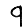
Digit: 9